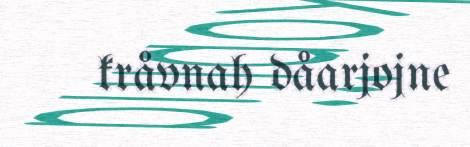
kråvnah dåarjojne